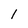
Character: l